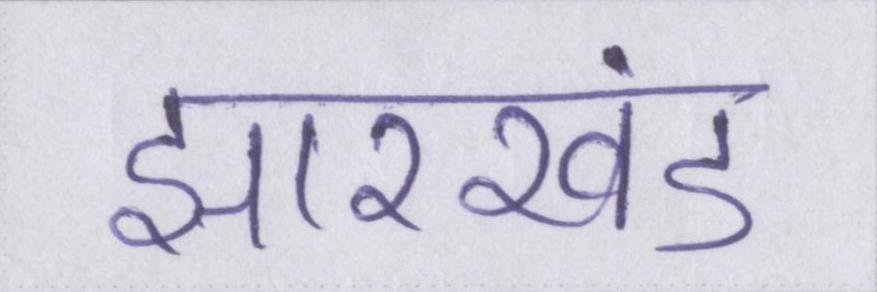
झारखंड